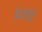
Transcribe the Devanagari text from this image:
पेटरोली